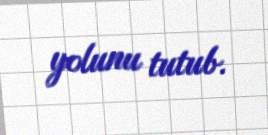
yolunu tutub.